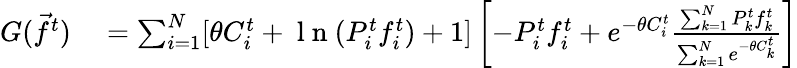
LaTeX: \begin{array}{rl}{G(\vec{f}^{t})}&{{}=\sum_{i=1}^{N}[\theta C_{i}^{t}+\mathrm{~l~n~}(P_{i}^{t}f_{i}^{t})+1]\left[-P_{i}^{t}f_{i}^{t}+e^{-\theta C_{i}^{t}}\frac{\sum_{k=1}^{N}P_{k}^{t}f_{k}^{t}}{\sum_{k=1}^{N}e^{-\theta C_{k}^{t}}}\right]}\end{array}